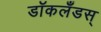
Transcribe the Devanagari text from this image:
डॉकलँडस्